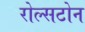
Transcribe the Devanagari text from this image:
रोल्सटोन